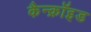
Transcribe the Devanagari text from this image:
कैन्क्रॉइड